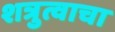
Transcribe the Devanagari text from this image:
शत्रुत्वाचा